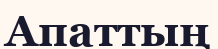
Апаттың